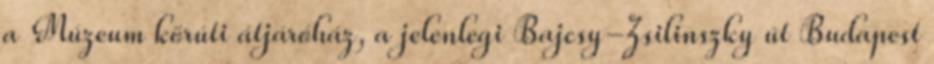
a Múzeum körúti átjáróház, a jelenlegi Bajcsy-Zsilinszky út Budapest